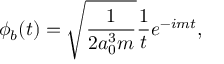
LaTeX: \phi _ { b } ( t ) = \sqrt { \frac { 1 } { 2 a _ { 0 } ^ { 3 } m } } \frac { 1 } { t } e ^ { - i m t } ,